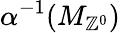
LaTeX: \alpha^{-1}(M_{\mathbb{Z}^{0}})